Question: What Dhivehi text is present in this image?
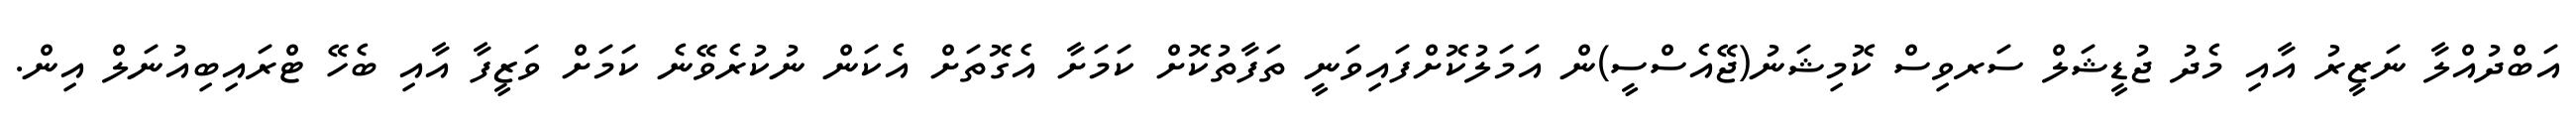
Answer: އަބްދުއްލާ ނަޒީރު އާއި މެދު ޖުޑީޝަލް ސަރވިސް ކޮމިޝަނު(ޖޭއެސްސީ)ން އަމަލުކޮށްފައިވަނީ ތަފާތުކޮށް ކަމަށާ އެގޮތަށް އެކަން ނުކުރެވޭނެ ކަމަށް ވަޒީފާ އާއި ބެހޭ ޓްރައިބިއުނަލް އިން.